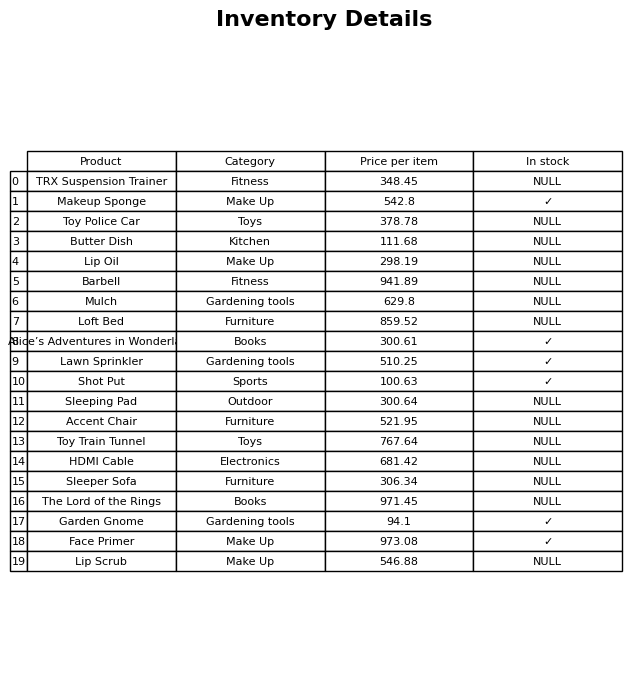
question: What is the price of the Lawn Sprinkler?
answer: The price of Lawn Sprinkler is 510.25.